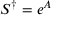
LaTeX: S ^ { \dagger } = e ^ { A }